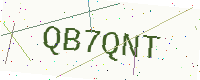
Text: QB7QNT